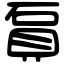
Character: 𧵔